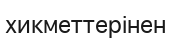
хикметтерінен